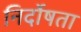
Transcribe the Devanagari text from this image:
निर्दोषता